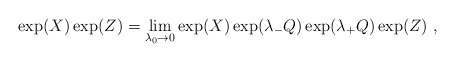
\begin{align*}\exp(X) \exp(Z)=\lim_{\lambda_0\to 0} \exp(X)\exp({\lambda_- Q}) \exp({\lambda_+ Q}) \exp(Z) \ ,\end{align*}